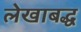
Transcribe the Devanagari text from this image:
लेखाबद्ध